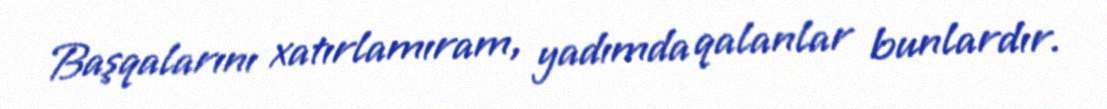
Başqalarını xatırlamıram, yadımda qalanlar bunlardır.